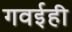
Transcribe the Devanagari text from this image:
गवईही